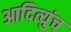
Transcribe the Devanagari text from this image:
आदित्युंच